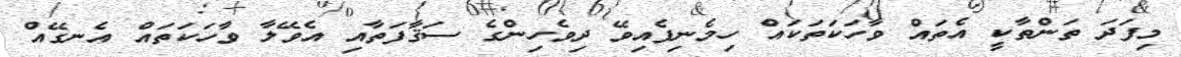
މިފަދަ ތަންތާކީ އެތައް ވާހަކަތަކައް ހިމެނިފެއިވޭ ދިވެހިންގެ ސަޤާފަތާއި އެވޭލާ ވާހަކަތައް އެނގޭއް